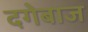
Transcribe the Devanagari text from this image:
दगेबाज